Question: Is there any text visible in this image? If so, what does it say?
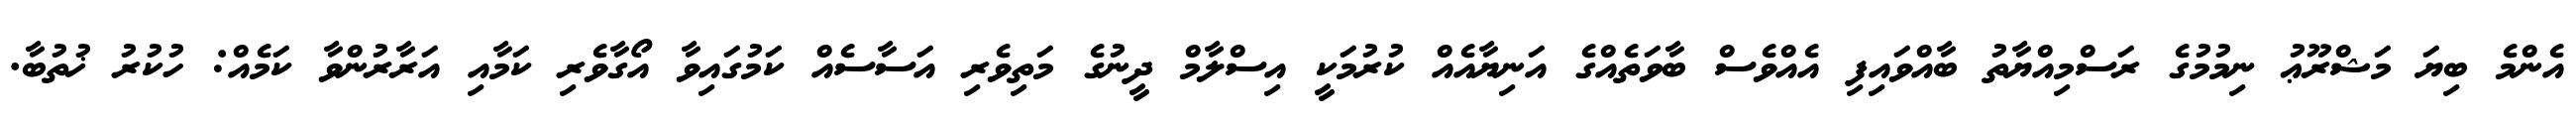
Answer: އެންމެ ބިޔަ މަޝްރޫޢު ނިމުމުގެ ރަސްމިއްޔާތު ބާއްވައިފި އެއްވެސް ބާވަތެއްގެ އަނިޔާއެއް ކުރުމަކީ އިސްލާމް ދީނުގެ މަތިވެރި އަސާސެއް ކަމުގައިވާ އޯގާވެރި ކަމާއި އަރާރުންވާ ކަމެއް: ހުކުރު ޚުތުބާ.